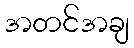
အတင်အချ